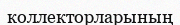
коллекторларының